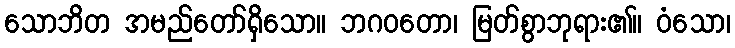
သောဘိတ အမည်တော်ရှိသော။ ဘဂဝတော၊ မြတ်စွာဘုရား၏။ ဝံသော၊